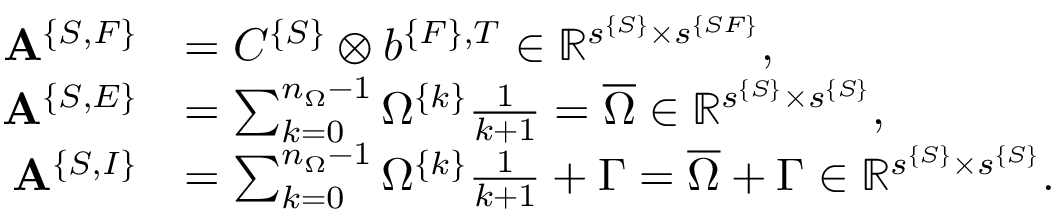
\begin{array} { r l } { { \bf A } ^ { \{ S , F \} } } & { = C ^ { \{ S \} } \otimes b ^ { \{ F \} , T } \in \mathbb { R } ^ { s ^ { \{ S \} } \times s ^ { \{ S F \} } } , } \\ { { \bf A } ^ { \{ S , E \} } } & { = \sum _ { k = 0 } ^ { n _ { \Omega } - 1 } \Omega ^ { \{ k \} } \frac { 1 } { k + 1 } = \overline { { \Omega } } \in \mathbb { R } ^ { s ^ { \{ S \} } \times s ^ { \{ S \} } } , } \\ { { \bf A } ^ { \{ S , I \} } } & { = \sum _ { k = 0 } ^ { n _ { \Omega } - 1 } \Omega ^ { \{ k \} } \frac { 1 } { k + 1 } + \Gamma = \overline { { \Omega } } + \Gamma \in \mathbb { R } ^ { s ^ { \{ S \} } \times s ^ { \{ S \} } } . } \end{array}